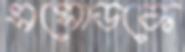
এসোডকে